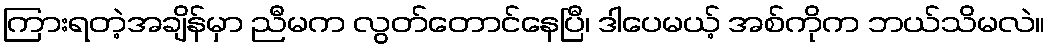
ကြားရတဲ့အချိန်မှာ ညီမက လွတ်တောင်နေပြီ၊ ဒါပေမယ့် အစ်ကိုက ဘယ်သိမလဲ။